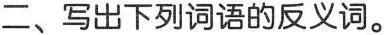
二、写出下列词语的反义词。